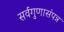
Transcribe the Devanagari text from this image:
सर्वगुणासंपन्न